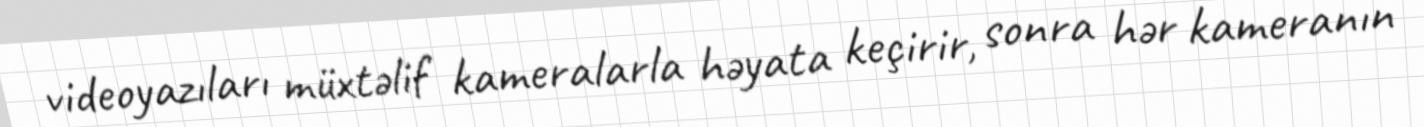
videoyazıları müxtəlif kameralarla həyata keçirir, sonra hər kameranın